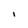
Character: I